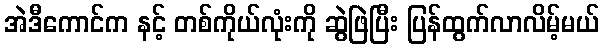
အဲဒီကောင်က နင့် တစ်ကိုယ်လုံးကို ဆွဲဖြဲပြီး ပြန်ထွက်လာလိမ့်မယ်